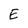
Character: E